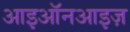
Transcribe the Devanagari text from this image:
आइऑनआइज़